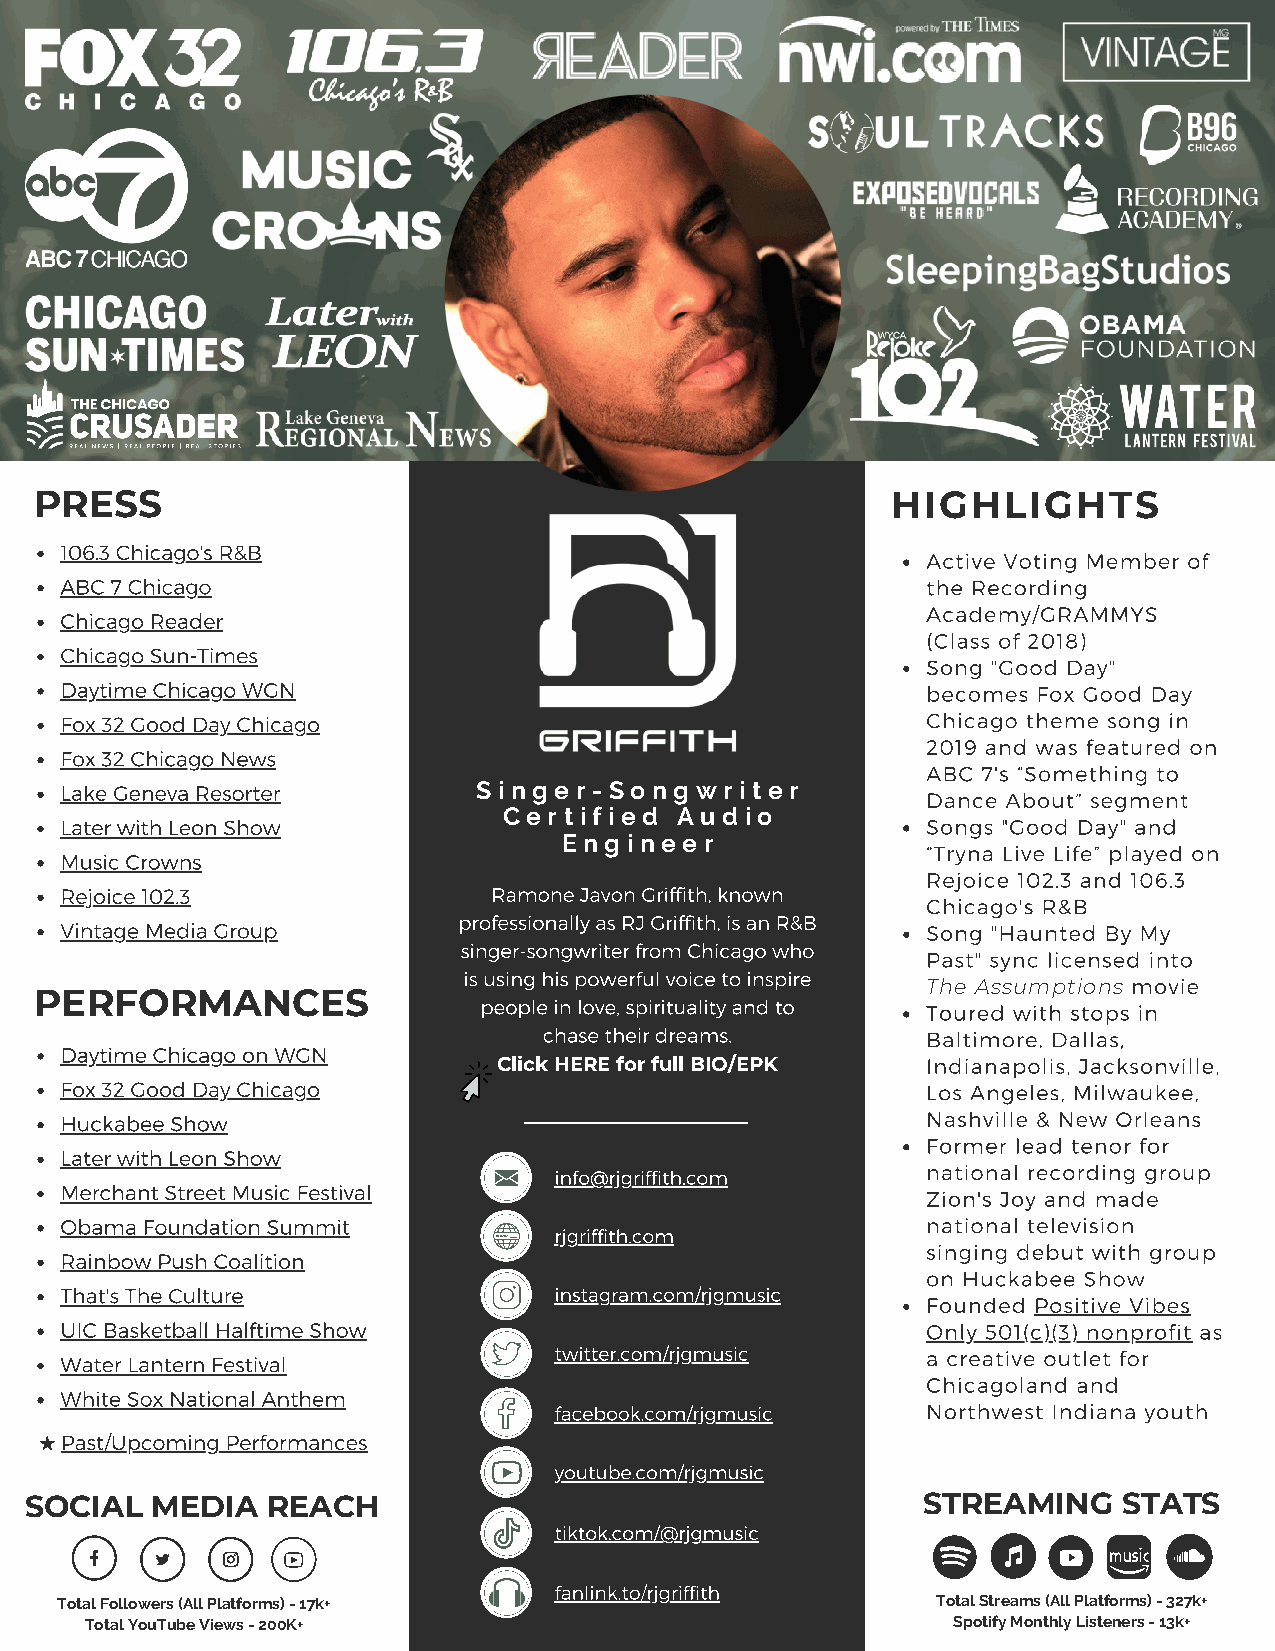
PRESS                                                    HIGHLIGHTS
 106.3 Chicago's R&B
 Active Voting Member of
 ABC 7 Chicago                                            the Recording
 Academy/GRAMMYS
 Chicago Reader
 (Class of 2018)
 Chicago Sun-Times
 Song "Good Day"
 Daytime Chicago WGN                                      becomes Fox Good Day
 Fox 32 Good Day Chicago                                  Chicago theme song in
 2019 and was featured on
 Fox 32 Chicago News
 ABC 7's “Something to
 Lake Geneva Resorter        S i n g e r - S o n g w r i t e r
 Dance About” segment
 C e r t i f i e d A u d i o
 Later with Leon Show                                     Songs "Good Day" and
 E n g i n e e r
 “Tryna Live Life” played on
 Music Crowns
 Rejoice 102.3 and 106.3
 Rejoice 102.3                Ramone Javon Griffith, known
 Chicago's R&B
 professionally as RJ Griffith, is an R&B
 Vintage Media Group                                      Song "Haunted By My
 singer-songwriter from Chicago who
 Past" sync licensed into
 is using his powerful voice to inspire
 The Assumptions movie
 PERFORMANCES
 people in love, spirituality and to Toured with stops in
 chase their dreams.      Baltimore, Dallas,
 Daytime Chicago on WGN
 Click HERE for full BIO/EPK Indianapolis, Jacksonville,
 Fox 32 Good Day Chicago                                  Los Angeles, Milwaukee,
 Huckabee Show                                            Nashville & New Orleans
 Former lead tenor for
 Later with Leon Show
 national recording group
 info@rjgriffith.com
 Merchant Street Music Festival
 Zion's Joy and made
 Obama Foundation Summit                                  national television
 rjgriffith.com
 singing debut with group
 Rainbow Push Coalition
 on Huckabee Show
 That's The Culture               instagram.com/rjgmusic
 Founded Positive Vibes
 UIC Basketball Halftime Show                             Only 501(c)(3) nonprofit as
 Water Lantern Festival           twitter.com/rjgmusic    a creative outlet for
 Chicagoland and
 White Sox National Anthem
 facebook.com/rjgmusic   Northwest Indiana youth
 Past/Upcoming Performances
 youtube.com/rjgmusic
 SOCIAL  MEDIA   REACH                                      STREAMING    STATS
 tiktok.com/@rjgmusic
 fanlink.to/rjgriffith
 Total Followers (All Platforms) - 17k+                    Total Streams (All Platforms) - 327k+
 Total YouTube Views - 200K+                              Spotify Monthly Listeners - 13k+